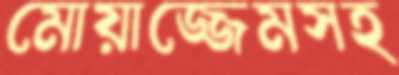
মোয়াজ্জেমসহ